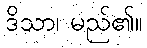
ဒိသာ၊ မည်၏။